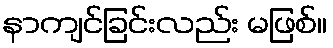
နာကျင်ခြင်းလည်း မဖြစ်။